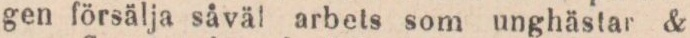
gen försälja såväl arbets som unghästar &